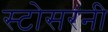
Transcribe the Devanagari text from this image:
स्टोसरनी